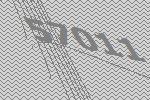
57011